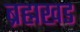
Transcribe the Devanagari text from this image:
ब्रह्मखड